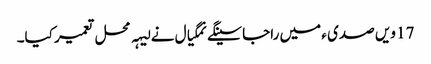
17 ویں صدی ء میں راجا سینگے نمگیال نے لیہہ محل تعمیر کیا۔